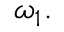
\omega _ { 1 } .